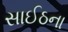
સાઈઠના